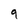
Character: 9